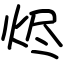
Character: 烬